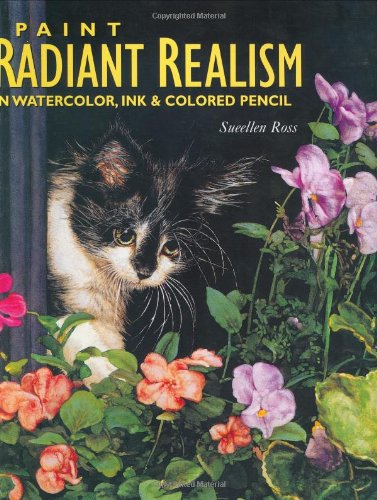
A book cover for Paint Radiant Realism in Watercolor, Ink & Colored Pencil; Sueellen Ross; Arts & Photography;